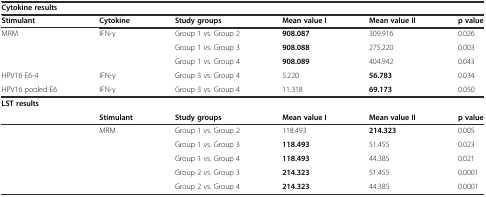
| <COLSPAN=6> Cytokine results |
 | Stimulant | Cytokine | Study groups | Mean value I | Mean value II | p value |
 | --- | --- | --- | --- | --- | --- |
 | MRM | IFN-γ | Group 1 vs. Group 2 | 908.087 | 309.916 | 0.026 |
 |  |  | Group 1 vs. Group 3 | 908.088 | 275.220 | 0.003 |
 |  |  | Group 1 vs. Group 4 | 908.089 | 404.942 | 0.043 |
 | HPV16 E6-4 | IFN-γ | Group 3 vs. Group 4 | 5.220 | 56.783 | 0.034 |
 | HPV16 pooled E6 | IFN-γ | Group 3 vs. Group 4 | 11.318 | 69.173 | 0.050 |
 | LST results |  |  |  |  |  |
 |  | Stimulant | Study groups | Mean value I | Mean value II | p value |
 |  | MRM | Group 1 vs. Group 2 | 118.493 | 214.323 | 0.005 |
 |  |  | Group 1 vs. Group 3 | 118.493 | 51.455 | 0.023 |
 |  |  | Group 1 vs. Group 4 | 118.493 | 44.385 | 0.021 |
 |  |  | Group 2 vs. Group 3 | 214.323 | 51.455 | 0.0001 |
 |  |  | Group 2 vs. Group 4 | 214.323 | 44.385 | 0.0001 |